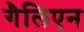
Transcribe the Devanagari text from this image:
गैलिएन